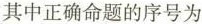
其中正确命题的序号为